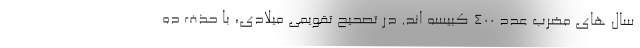
سال های مضرب عدد ۴۰۰ کبیسه اند. در تصحیح تقویمی میلادی، با حذف ده